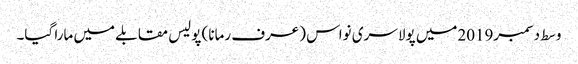
وسط دسمبر2019میں پولا سری نواس (عرف رمانا) پولیس مقابلے میں مارا گیا۔